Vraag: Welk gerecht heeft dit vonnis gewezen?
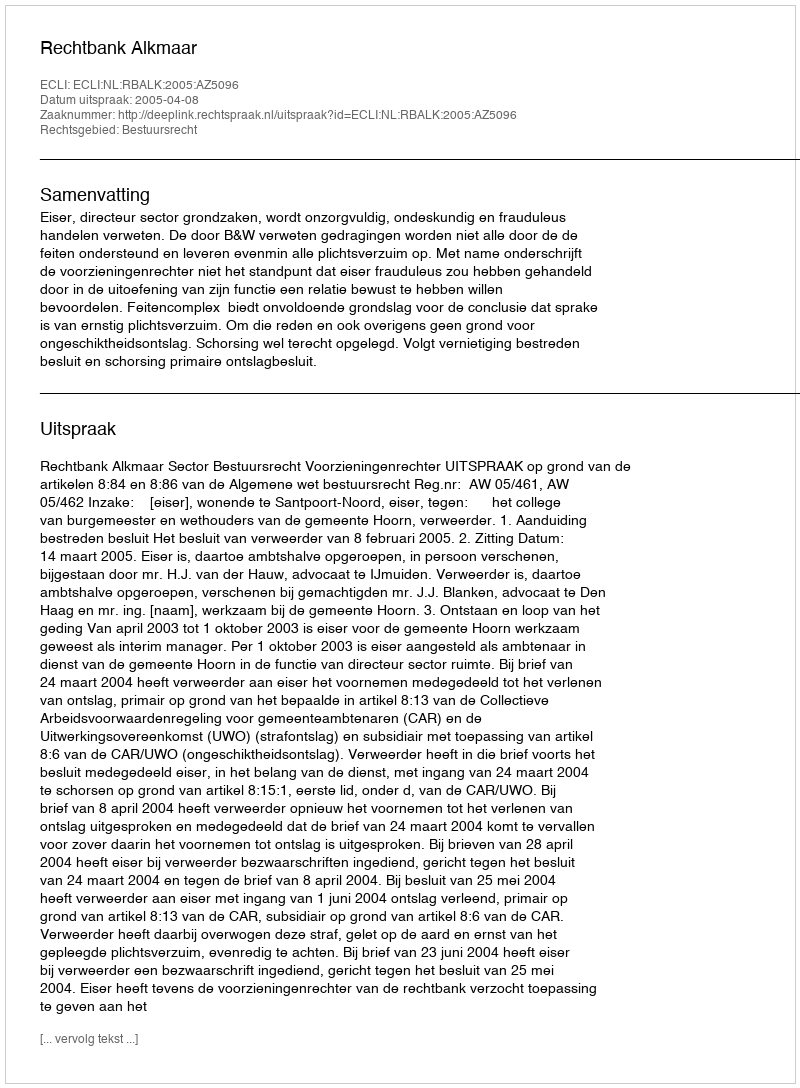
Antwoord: Rechtbank Alkmaar